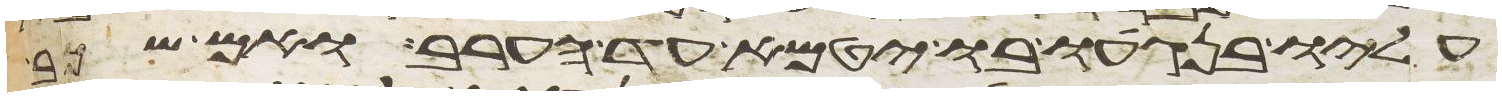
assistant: עליו בנגעו בו יטמא עד הערב ואם שכב